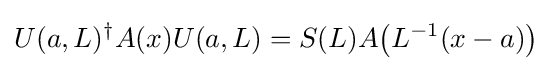
U(a,L)^{\dagger }A(x)U(a,L)=S(L)A{\big (}L^{-1}(x-a){\big )}